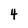
Character: 4